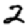
Digit: 2